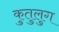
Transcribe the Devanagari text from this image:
कुतुलुग